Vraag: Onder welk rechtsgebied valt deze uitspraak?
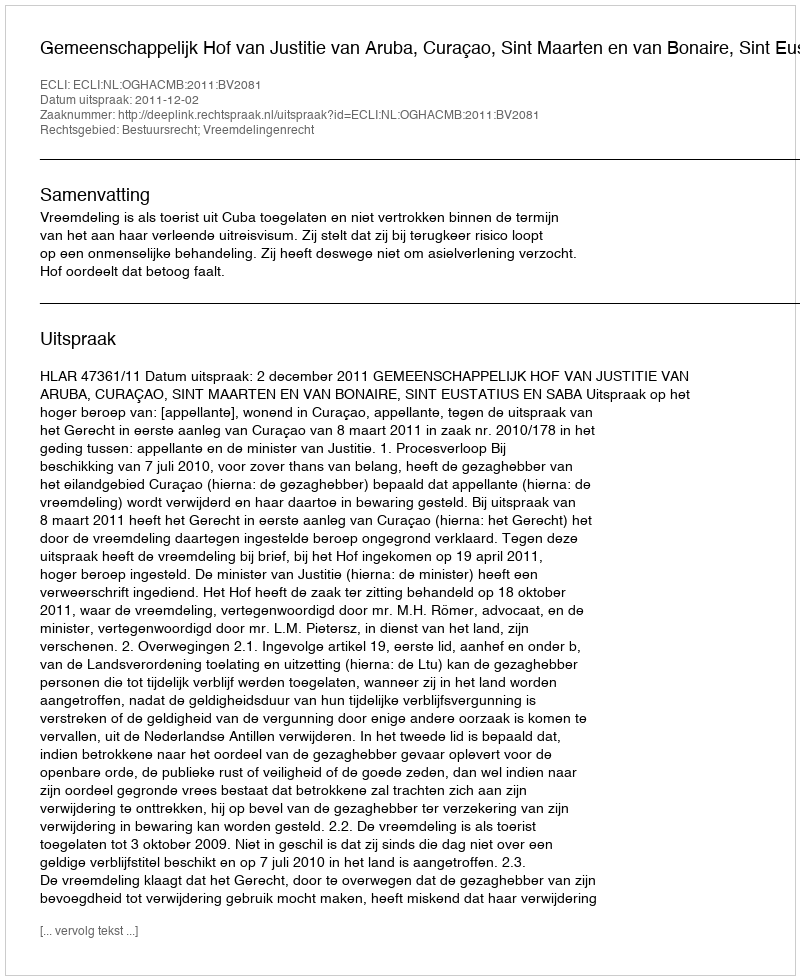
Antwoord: Bestuursrecht; Vreemdelingenrecht